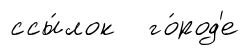
ссы́лок го́род'е